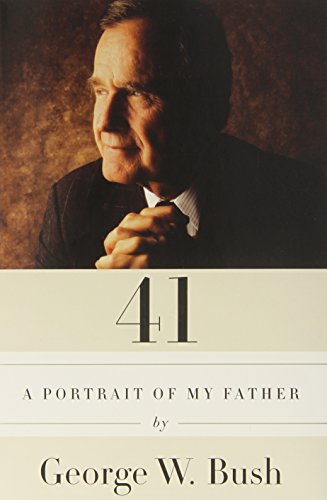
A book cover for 41: A Portrait of My Father; George W. Bush; Biographies & Memoirs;